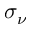
\sigma _ { \nu }